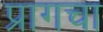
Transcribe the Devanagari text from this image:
प्रागचा